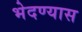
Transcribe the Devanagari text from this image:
भेदण्यास